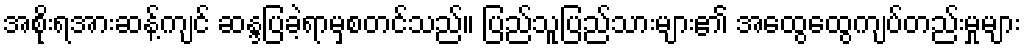
အစိုးရအားဆန့်ကျင် ဆန္ဒပြခဲ့ရာမှစတင်သည်။ ပြည်သူပြည်သားများ၏ အထွေထွေကျပ်တည်းမှုများ